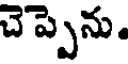
చెప్పెను.